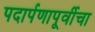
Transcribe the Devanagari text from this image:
पदार्पणापूर्वीचा